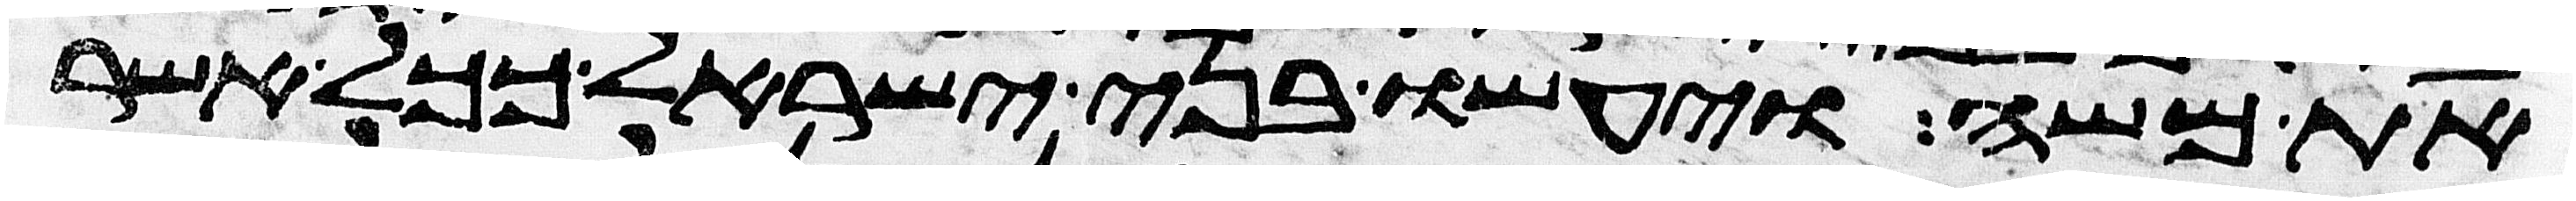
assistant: את משה ויעשו בני ישראל ככל אשר